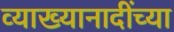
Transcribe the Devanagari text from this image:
व्याख्यानादींच्या